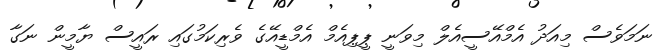
ނަމަވެސް މިއަދު އެމްއޭސީއެލް މިވަނީ ޕީޕިއެމް އެމްޑީއޭގެ ވެރިކަމުގައި ރައީސް ޔާމީން ނަގާ